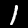
Label: 1